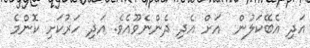
އަދި އެބޭކަލުން  އަށް އެދި ދެންނެވޫއެވެ. އަދި ހަރުކަށި ކޮންމެ